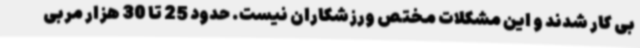
بی کار شدند و این مشکلات مختص ورزشکاران نیست. حدود 25 تا 30 هزار مربی